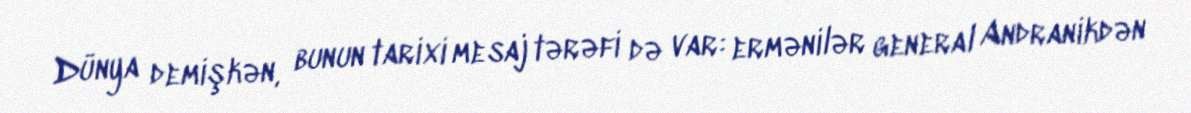
Dünya demişkən, bunun tarixi mesaj tərəfi də var: ermənilər general Andranikdən